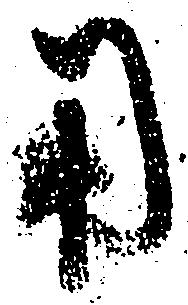
用